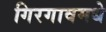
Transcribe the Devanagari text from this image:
गिरगावमधे